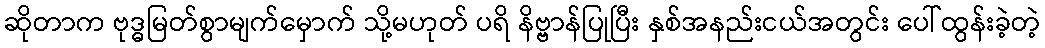
ဆိုတာက ဗုဒ္ဓမြတ်စွာမျက်မှောက် သို့မဟုတ် ပရိ နိဗ္ဗာန်ပြုပြီး နှစ်အနည်းငယ်အတွင်း ပေါ်ထွန်းခဲ့တဲ့